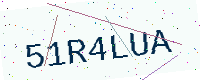
Text: 51R4LUA